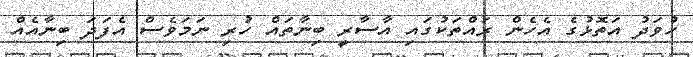
ހުވަދު އަތޮޅުގެ އެހެން ރައްތަކުގައި އާސާރީ ބިނާތައް ހުރި ނަމަވެސް އެފަދަ ބިނާއެއް